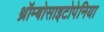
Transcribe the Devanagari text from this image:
थ्रॉम्बोसाइटोपेनिया